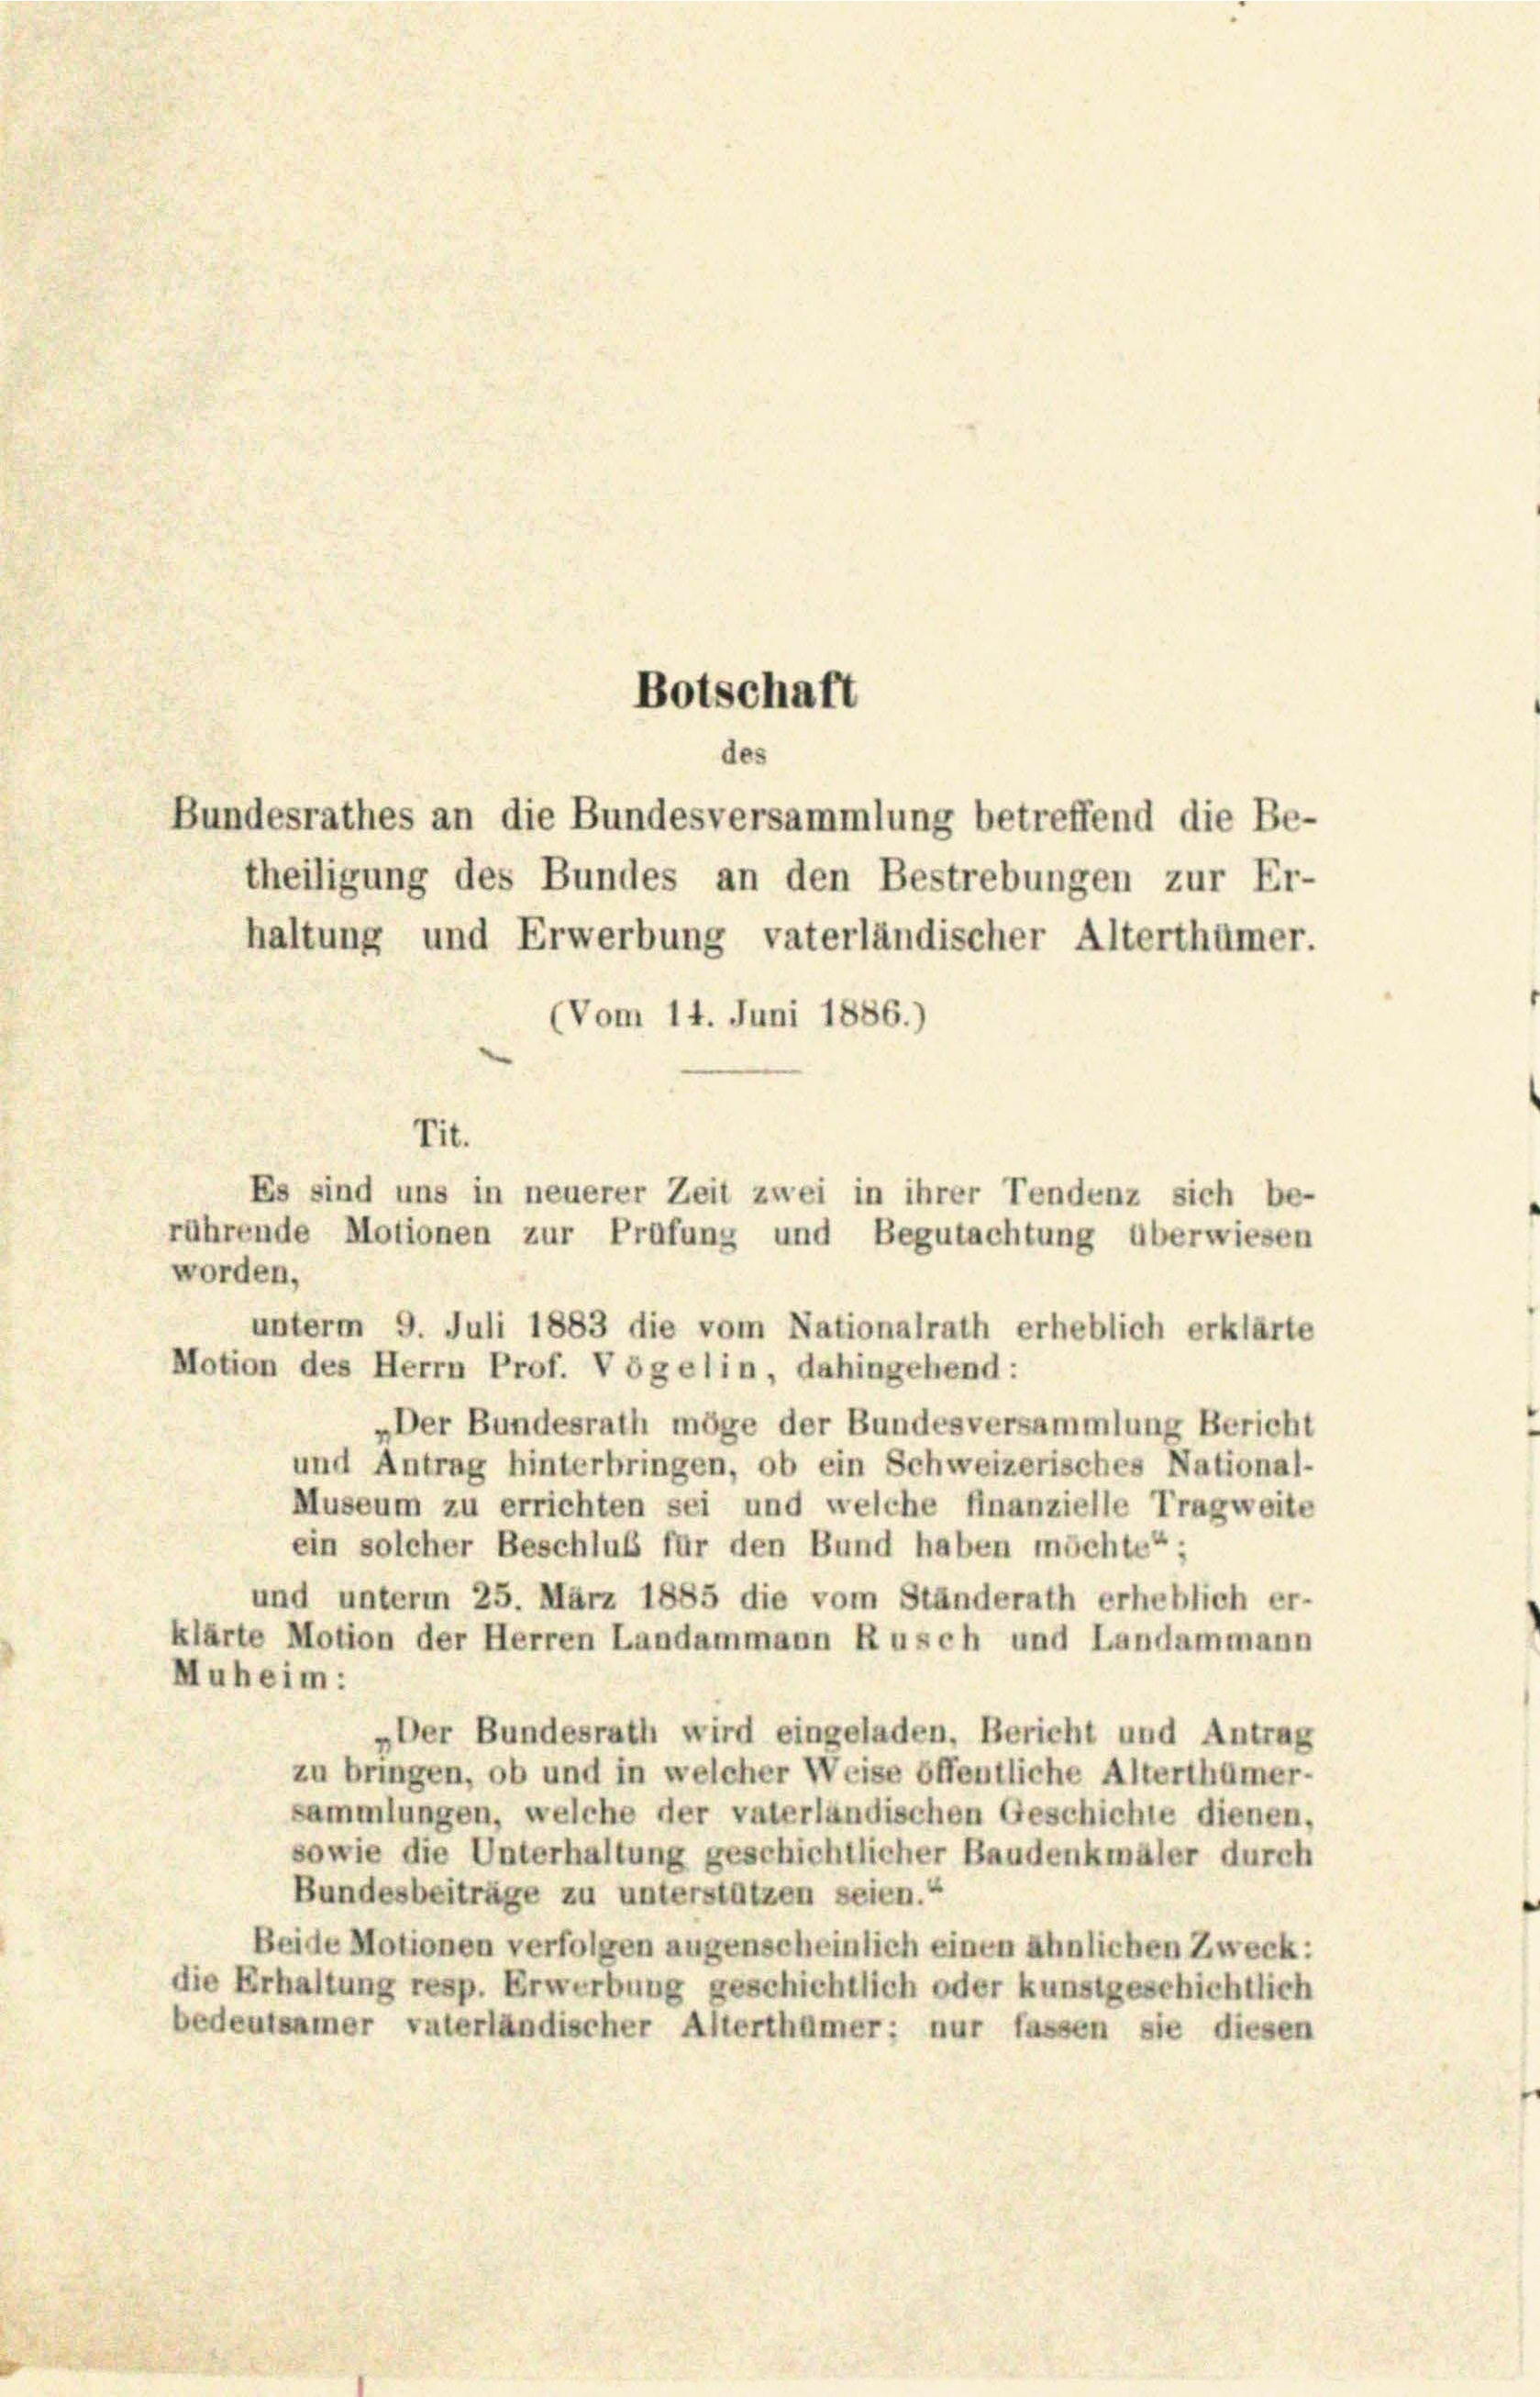
theiligung des Bundes an den Bestrebungen zur Er-
haltung und Erwerbung vaterländischer Alterthümer.
(Vom 14. Juni 1886.)

Botschaft
des
Bundesrathes an die Bundesversammlung betreffend die Be-

Tit.
Es sind uns in neuerer Zeit zwei in ihrer Tendenz sich be-
rührende Motionen zur Prüfung und Begutachtung überwiesen

worden,
unterm 9. Juli 1883 die vom Nationalrath erheblich erklärte
Motion des Herrn Prof. Vögelin, dahingehend:
„Der Bundesrath möge der Bundesversammlung Bericht
und Antrag hinterbringen, ob ein Schweizerisches National-
Museum zu errichten sei und welche finanzielle Tragweite
ein solcher Beschluß für den Bund haben möchte“
und unterm 25. März 1885 die vom Ständerath erheblich er-
klärte Motion der Herren Landammann Rusch und Landammann
Muheim:
„Der Bundesrath wird eingeladen, Bericht und Antrag
zu bringen, ob und in welcher Weise öffentliche Alterthümer-
sammlungen, welche der vaterländischen Geschichte dienen,
sowie die Unterhaltung geschichtlicher Baudenkmäler durch
Bundesbeiträge zu unterstützen seien.“
Beide Motionen verfolgen augenscheinlich einen ähnlichen Zweck:
die Erhaltung resp. Erwerbung geschichtlich oder kunstgeschichtlich
bedeutsamer vaterländischer Alterthümer: nur fassen sie diesen